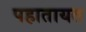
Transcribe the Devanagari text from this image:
पहातायत